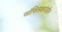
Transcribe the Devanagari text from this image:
ऑफिसवरदेखील